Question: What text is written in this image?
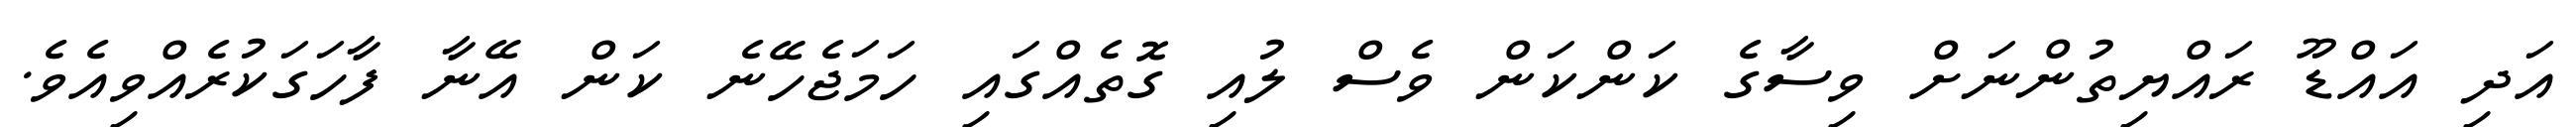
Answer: އަދި އައްޑޫ ރައްޔިތުންނަށް ވިސާގެ ކަންކަން ވެސް ލުއި ގޮތެއްގައި ހަމަޖެހޭނެ ކަން އޭނާ ފާހަގަކުރެއްވިއެވެ.